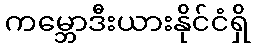
ကမ္ဘောဒီးယားနိုင်ငံရှိ